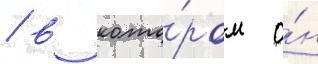
/ в кото́ром о́н